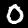
Label: 0